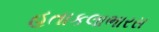
હતાકલાભારસ